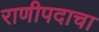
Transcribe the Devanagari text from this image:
राणीपदाचा